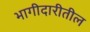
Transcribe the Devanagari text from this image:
भागीदारीतील